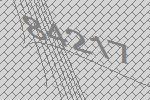
84217